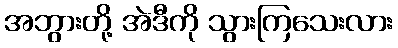
အဘွားတို့ အဲဒီကို သွားကြသေးလား